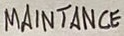
Text: MAINANCE